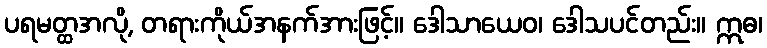
ပရမတ္ထအလို, တရားကိုယ်အနက်အားဖြင့်။ ဒေါသာယေဝ၊ ဒေါသပင်တည်း။ ဣဓ၊